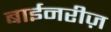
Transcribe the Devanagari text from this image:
बाईनरीज़